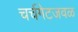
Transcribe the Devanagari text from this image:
चर्चगेटजवळ